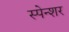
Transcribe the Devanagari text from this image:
स्पेन्शर